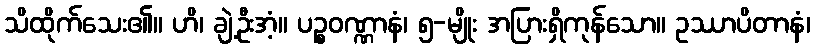
သိထိုက်သေး၏။ ဟိ၊ ချဲ့ဦးအံ့။ ပဉ္စဝဏ္ဏာနံ၊ ၅-မျိုး အပြားရှိကုန်သော။ ဥဿာပိတာနံ၊